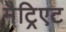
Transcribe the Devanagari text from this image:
मैट्रिएट